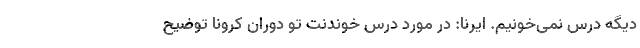
دیگه درس نمی‌خونیم. ایرنا: در مورد درس خوندنت تو دوران کرونا توضیح